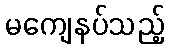
မကျေနပ်သည့်